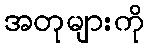
အတုများကို